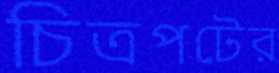
চিত্রপটের